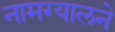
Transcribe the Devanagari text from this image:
नामग्यालने